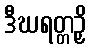
ဒီဃရတ္တဉှိ